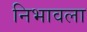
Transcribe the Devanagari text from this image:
निभावला